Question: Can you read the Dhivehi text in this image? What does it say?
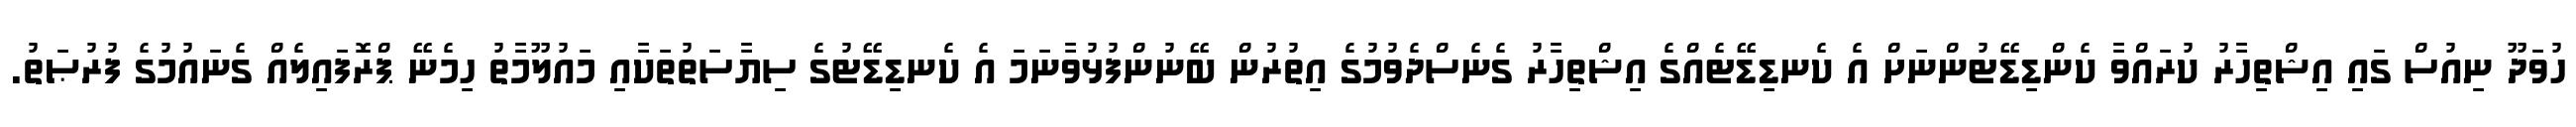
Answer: ހުވަދޫ ނިއުސް ގައި އިޝްތިހާރު ކުރައްވާ ކެންޑިޑޭޓުންނަށް އެ ކެނޑިޑޭޓެއްގެ އިޝްތިހާރު ގެނެސްދެވުމުގެ އިތުރުން ބޭނުންފުޅުވާނަމަ އެ ކެނޑިޑޭޓުގެ ސިޔާސަތުތަކާއި މައުލޫމާތު ހިމެނޭ ޕްރޮފައިލެއް ގެނައުމުގެ ފުރުޞަތު.